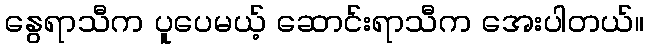
နွေရာသီက ပူပေမယ့် ဆောင်းရာသီက အေးပါတယ်။